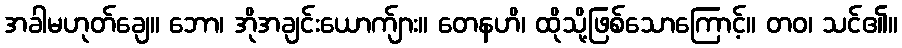
အခါမဟုတ်ချေ။ ဘော၊ အိုအချင်းယောက်ျား။ တေနဟိ၊ ထိုသို့ဖြစ်သောကြောင့်။ တဝ၊ သင်၏။